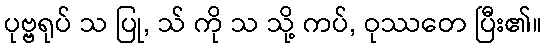
ပုဗ္ဗရုပ် သ ပြု, သ် ကို သ သို့ ကပ်, ဝုဿတေ ပြီး၏။